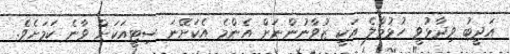
އަދީބު ވިދާޅުވީ ހުޅުމާލެ އަކީ ޒުވާނުންނަށް އެންމެ އެކަށޭނަ ސިޓީއަކަށް ވާނެ ކަމަށެވެ.